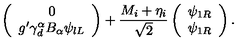
\left( \begin{array} { c } { 0 } \\ { g ^ { \prime } \gamma _ { d } ^ { \alpha } B _ { \alpha } \psi _ { l L } } \\ \end{array} \right) + \frac { M _ { i } + \eta _ { i } } { \sqrt { 2 } } \left( \begin{array} { c } { \psi _ { 1 R } } \\ { \psi _ { 1 R } } \\ \end{array} \right) .